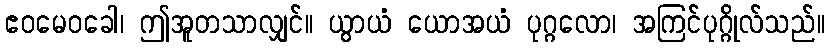
ဧဝမေဝခေါ၊ ဤအူတသာလျှင်။ ယွာယံ ယောအယံ ပုဂ္ဂလော၊ အကြင်ပုဂ္ဂိုလ်သည်။